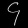
Digit: ၄